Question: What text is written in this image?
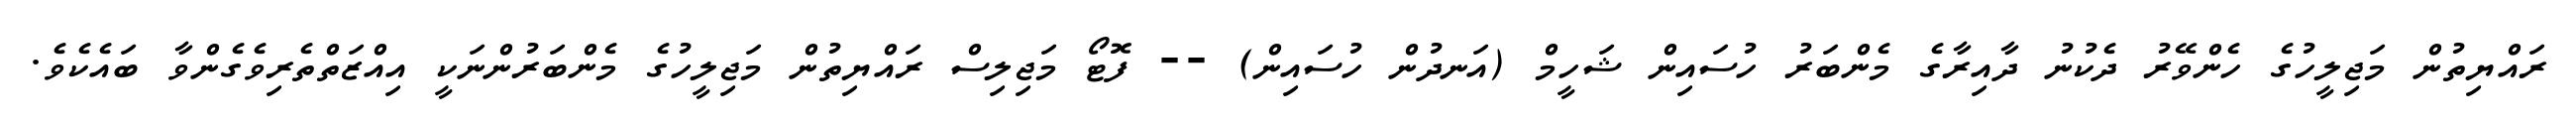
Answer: ރައްޔިތުން މަޖިލީހުގެ ހެންވޭރު ދެކުނު ދާއިރާގެ މެންބަރު ހުސައިން ޝަހީމް (އަނދުން ހުސައިން) -- ފޮޓޯ މަޖިލިސް ރައްޔިތުން މަޖިލީހުގެ މެންބަރުންނަކީ އިއްޒަތްތެރިވެގެންވާ ބައެކެވެ.